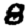
Digit: 8